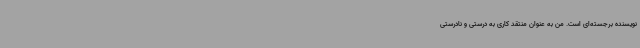
نویسنده برجسته‌ای است. من به عنوان منتقد کاری به درستی و نادرستی‌